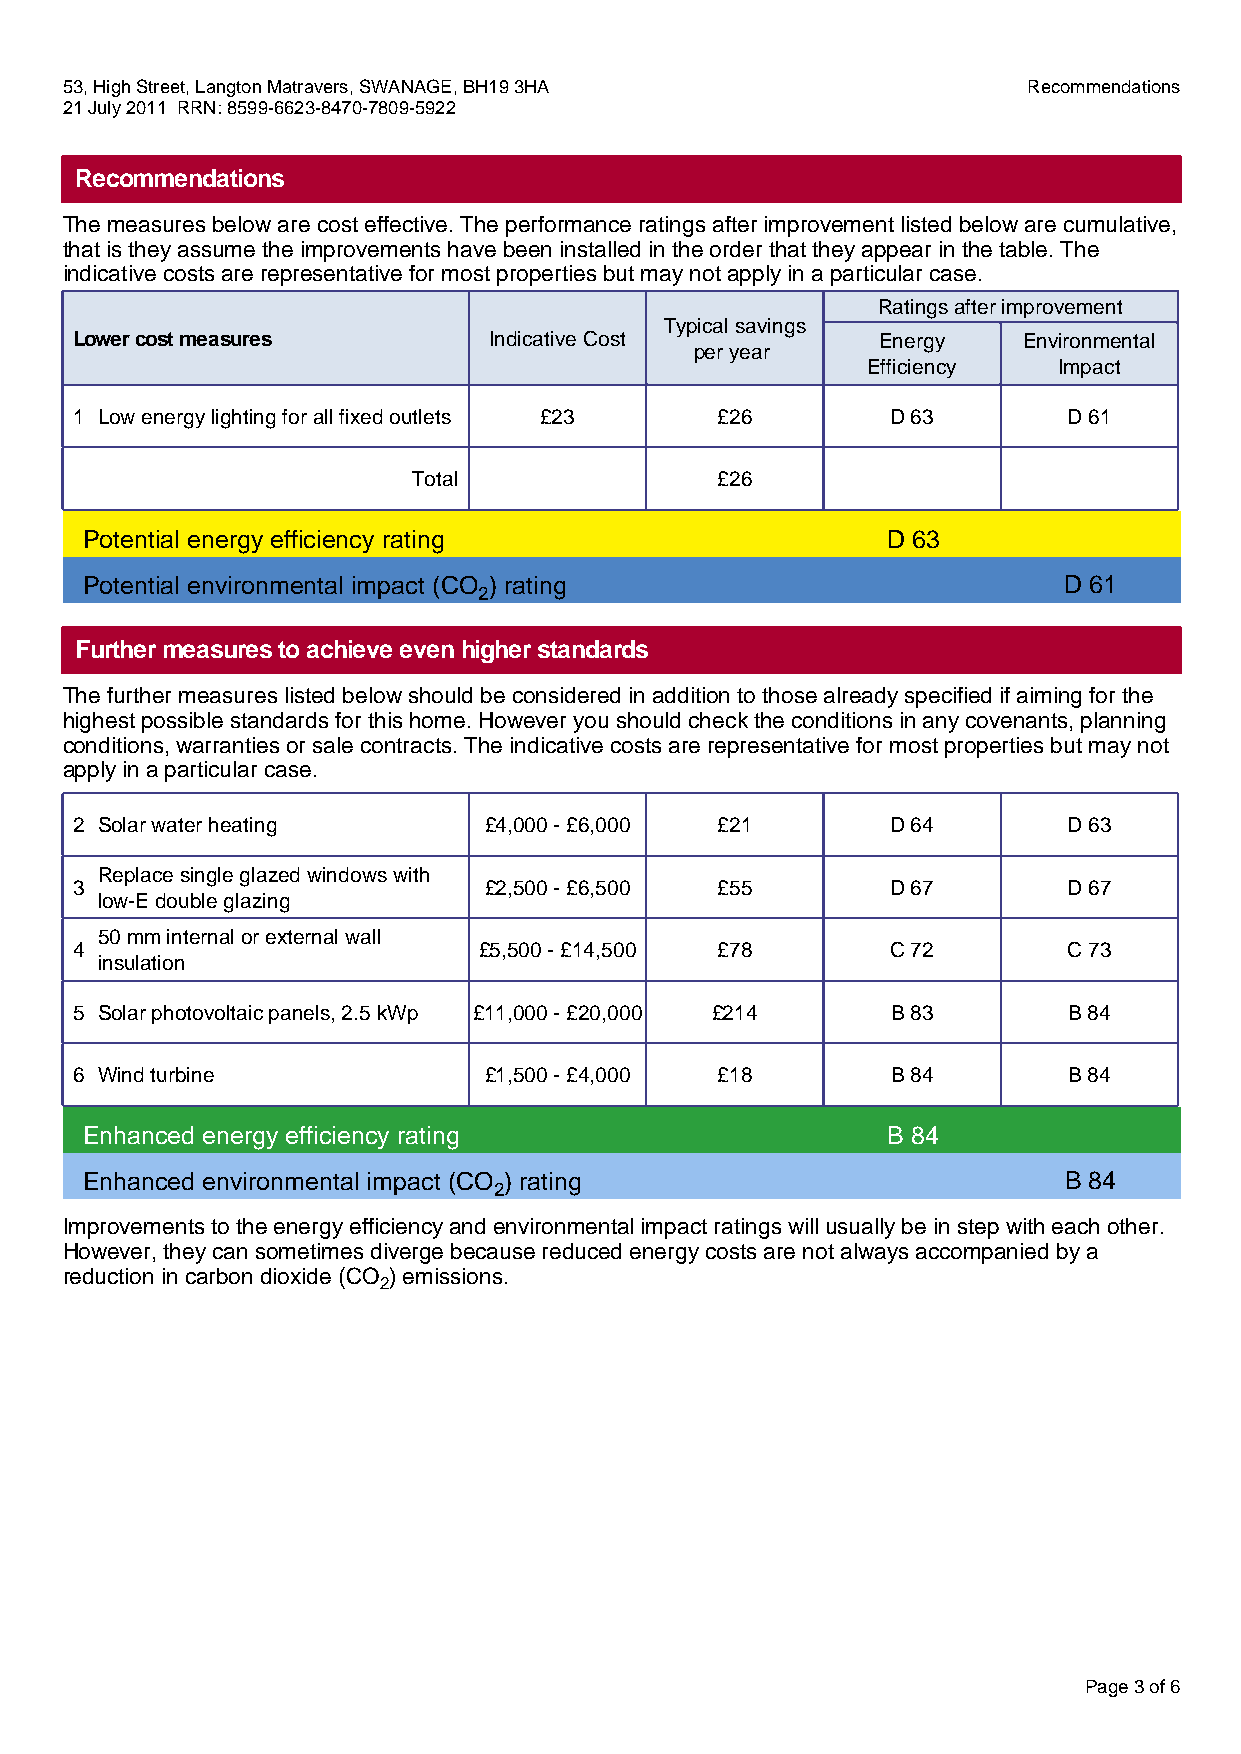
53, High Street, Langton Matravers, SWANAGE, BH19 3HA           Recommendations
 21 July 2011 RRN: 8599-6623-8470-7809-5922
 Recommendations
 The measures below are cost effective. The performance ratings after improvement listed below are cumulative,
 that is they assume the improvements have been installed in the order that they appear in the table. The
 indicative costs are representative for most properties but may not apply in a particular case.
 Ratings after improvement
 Typical savings
 Lower cost measures        Indicative Cost           Energy    Environmental
 per year
 Efficiency   Impact
 1 Low energy lighting for all fixed outlets £23 £26   D 63        D 61
 Total               £26
 Potential energy efficiency rating                   D 63
 Potential environmental impact (CO ) rating                     D 61
 2
 Further measures to achieve even higher standards
 The further measures listed below should be considered in addition to those already specified if aiming for the
 highest possible standards for this home. However you should check the conditions in any covenants, planning
 conditions, warranties or sale contracts. The indicative costs are representative for most properties but may not
 apply in a particular case.
 2 Solar water heating      £4,000 - £6,000 £21        D 64        D 63
 Replace single glazed windows with
 3                          £2,500 - £6,500 £55        D 67        D 67
 low-E double glazing
 50 mm internal or external wall
 4                          £5,500 - £14,500 £78       C 72        C 73
 insulation
 5 Solar photovoltaic panels, 2.5 kWp £11,000 - £20,000 £214 B 83  B 84
 6 Wind turbine             £1,500 - £4,000 £18        B 84        B 84
 Enhanced energy efficiency rating                    B 84
 Enhanced environmental impact (CO ) rating                      B 84
 2
 Improvements to the energy efficiency and environmental impact ratings will usually be in step with each other.
 However, they can sometimes diverge because reduced energy costs are not always accompanied by a
 reduction in carbon dioxide (CO ) emissions.
 2
 Page 3 of 6